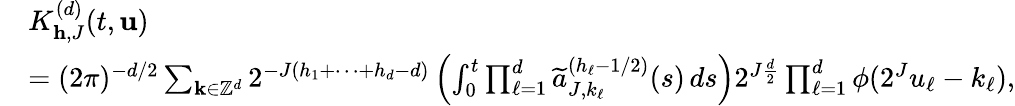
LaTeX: \begin{array}{rl}&{K_{\mathbf{h},J}^{(d)}(t,\mathbf{u})}\\ &{=(2\pi)^{-d/2}\sum_{\mathbf{k}\in\mathbb{Z}^{d}}2^{-J(h_{1}+\cdots+h_{d}-d)}\left(\int_{0}^{t}\prod_{\ell=1}^{d}\widetilde{a}_{J,k_{\ell}}^{(h_{\ell}-1/2)}(s)\, ds\right)2^{J\frac{d}{2}}\prod_{\ell=1}^{d}\phi(2^{J}u_{\ell}-k_{\ell}),}\end{array}